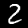
Label: 2